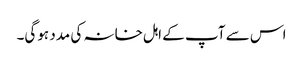
اس سے آپ کے اہل خانہ کی مدد ہوگی۔